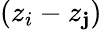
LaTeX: (z_{i}-z_{\mathbf{j}})